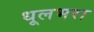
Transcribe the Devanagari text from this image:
धूलभरा